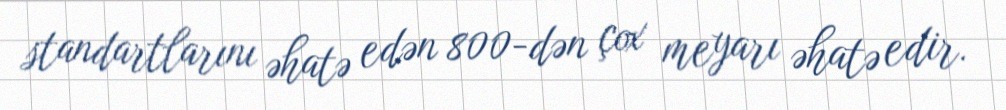
standartlarını əhatə edən 800-dən çox meyarı əhatə edir.